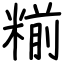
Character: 糋